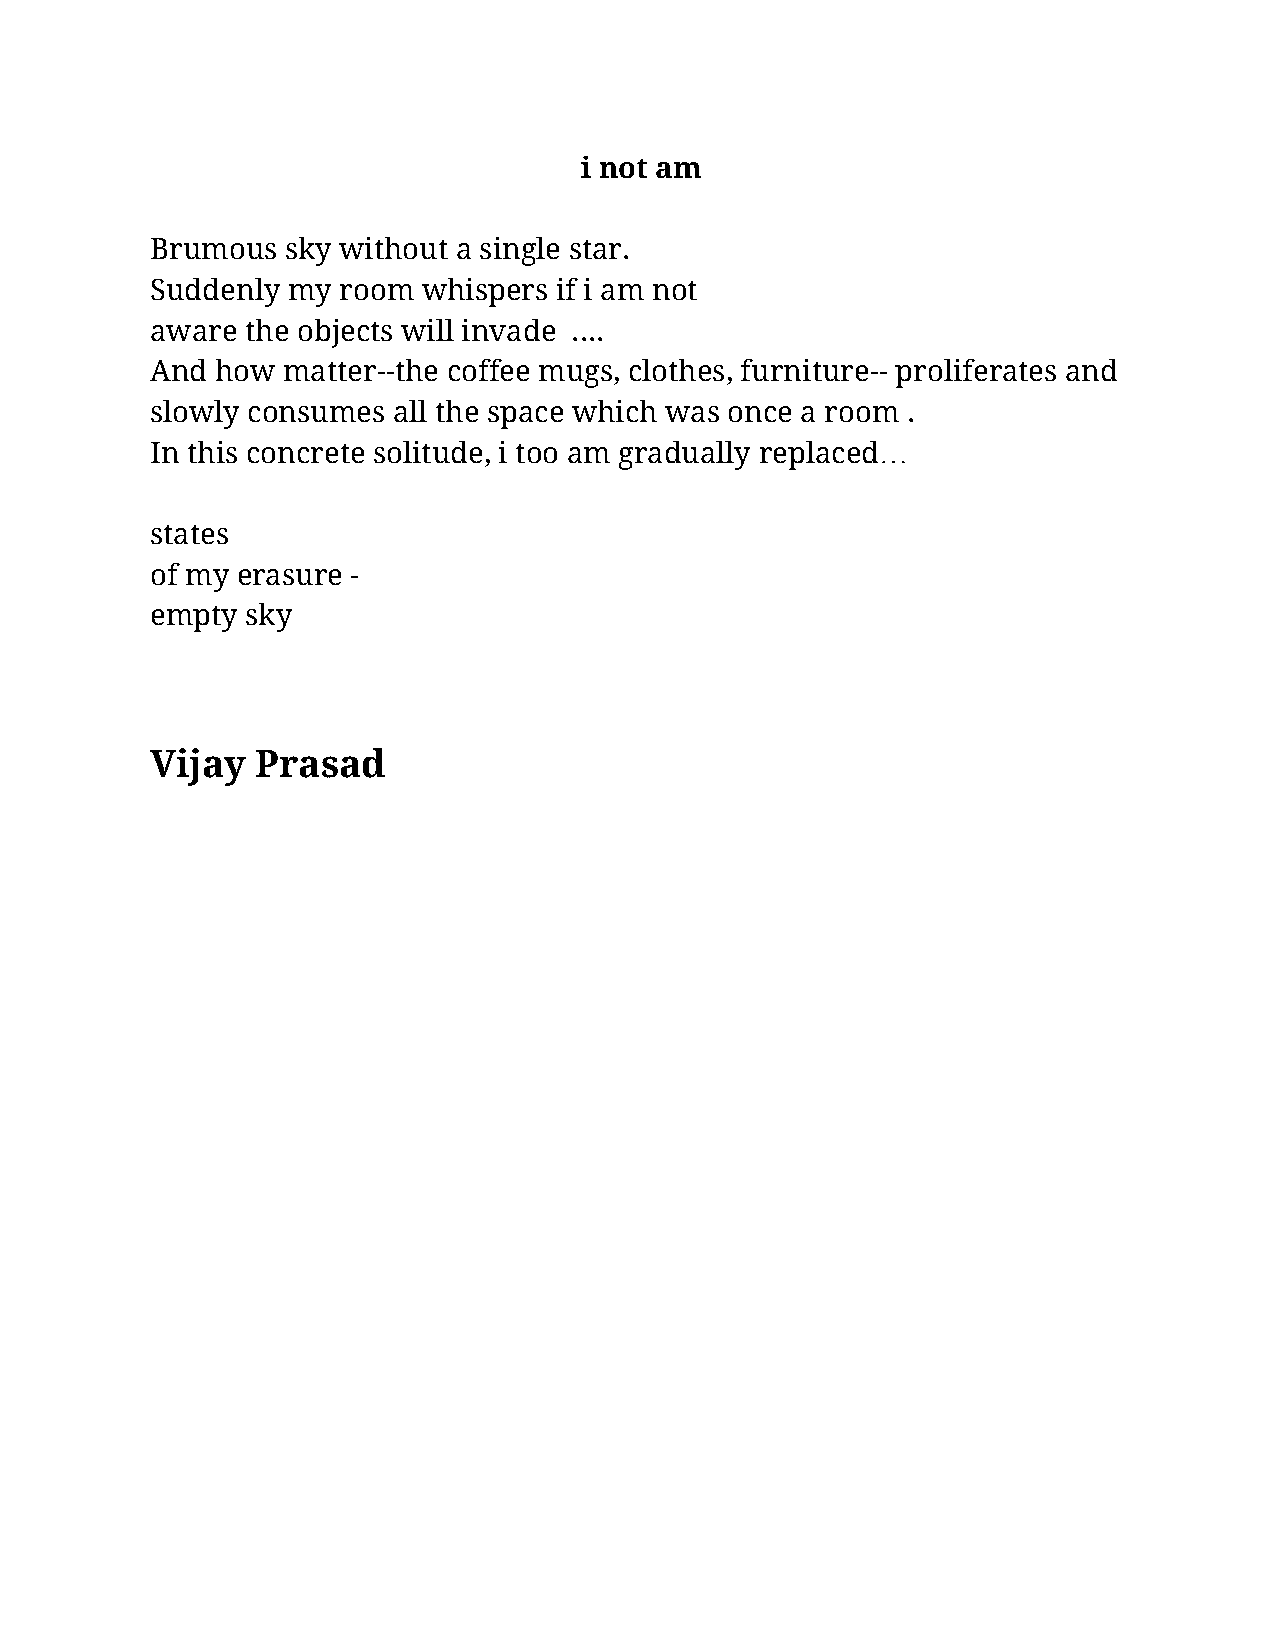
i not am
 Brumous  sky without a single star.
 Suddenly my room  whispers if i am not
 aware the objects will invade ....
 And how  matter--the coffee mugs, clothes, furniture-- proliferates and
 slowly consumes all the space which was once a room .
 In this concrete solitude, i too am gradually replaced…
 states
 of my erasure -
 empty sky
 Vijay  Prasad